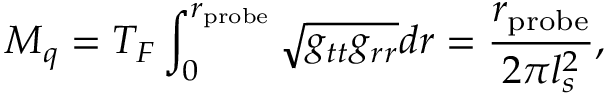
M _ { q } = T _ { F } \int _ { 0 } ^ { r _ { \mathrm { p r o b e } } } \sqrt { g _ { t t } g _ { r r } } d r = \frac { r _ { \mathrm { p r o b e } } } { 2 \pi l _ { s } ^ { 2 } } ,